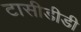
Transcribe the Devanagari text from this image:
टासीडीडी